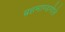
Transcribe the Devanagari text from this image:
ब्रहमाण्डगोले